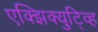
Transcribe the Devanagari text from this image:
एक्झिक्युटि्व्ह